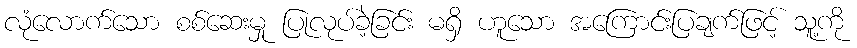
လုံလောက်သော စစ်ဆေးမှု ပြုလုပ်ခဲ့ခြင်း မရှိ ဟူသော အကြောင်းပြချက်ဖြင့် သူ့ကို